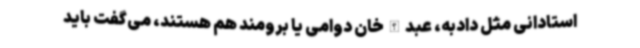
استادانی مثل دادبه، عبدالله‌خان دوامی یا برومند هم هستند، می‌گفت باید